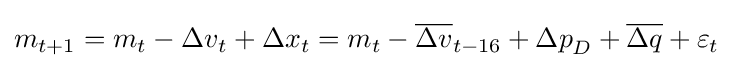
m_{t+1}=m_{t}-{\Delta v}_{t}+{\Delta x}_{t}=m_{t}-{\overline {\Delta v}}_{t-16}+{\Delta p}_{D}+{\overline {\Delta q}}+\varepsilon _{t}